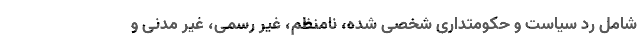
شامل رد سیاست و حکومتداری شخصی شده، نامنظم، غیر رسمی، غیر مدنی و